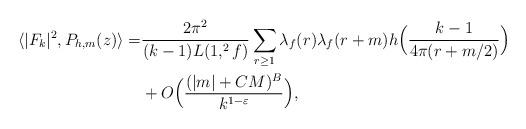
LaTeX: \begin{align*} \langle |F_k|^2 , P_{h,m}(z) \rangle =& \frac{2\pi^2}{(k-1) L(1, ^2 f)}\sum_{r \ge 1} \lambda_f(r) \lambda_f(r + m) h \Big ( \frac{k-1}{4\pi(r + m/2)}\Big ) \\&+ O\Big(\frac{(|m|+CM)^B}{k^{1-\varepsilon}}\Big), \end{align*}